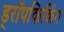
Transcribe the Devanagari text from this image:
ड्रॉपकिकिंग